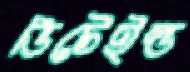
ডিটেইল্ড